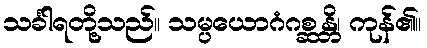
သင်္ခါရတို့သည်။ သမ္ပယောဂံဂစ္ဆန္တိ၊ ကုန်၏။